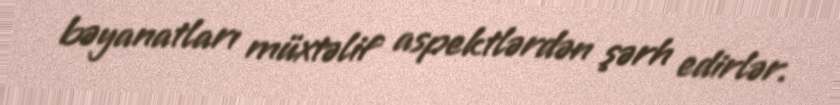
bəyanatları müxtəlif aspektlərdən şərh edirlər.